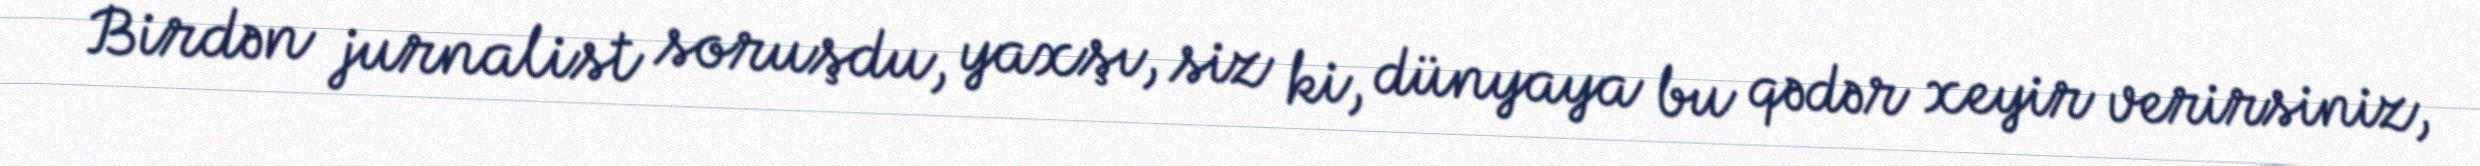
Birdən jurnalist soruşdu, yaxşı, siz ki, dünyaya bu qədər xeyir verirsiniz,